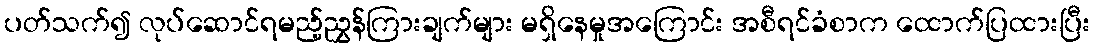
ပတ်သက်၍ လုပ်ဆောင်ရမည့်ညွှန်ကြားချက်များ မရှိနေမှုအကြောင်း အစီရင်ခံစာက ထောက်ပြထားပြီး